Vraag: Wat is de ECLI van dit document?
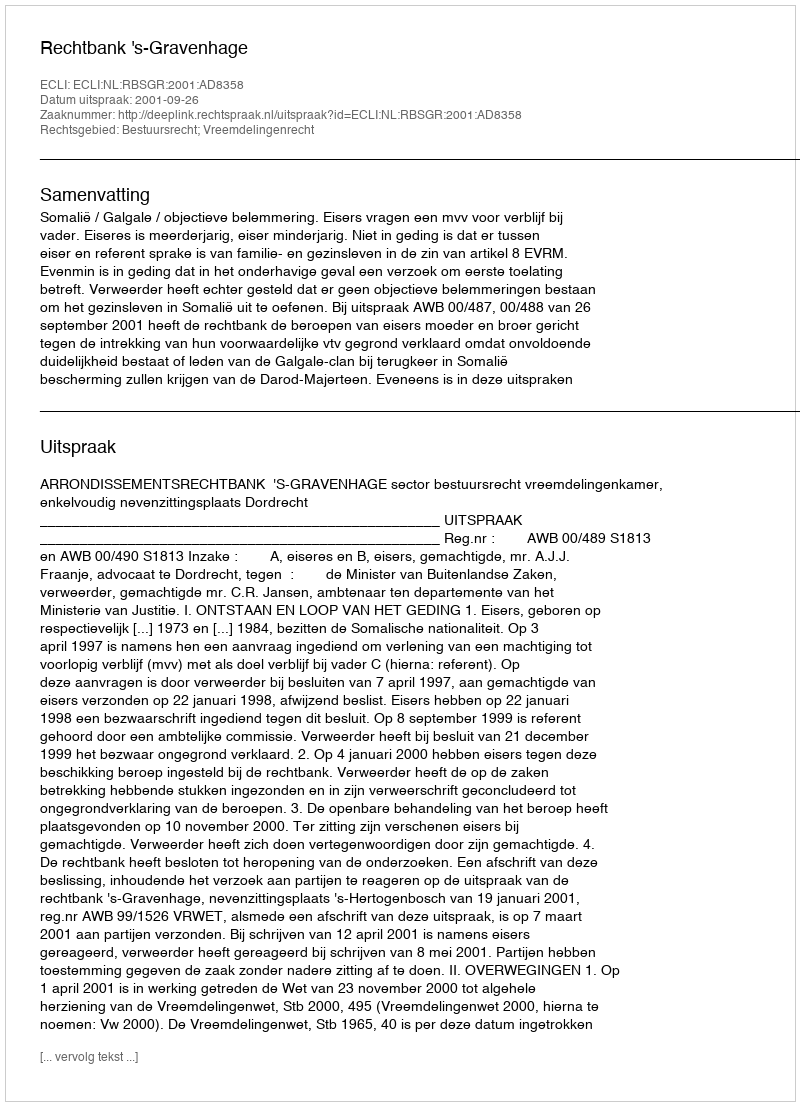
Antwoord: ECLI:NL:RBSGR:2001:AD8358